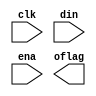
module counter(clk, din, ena, oflag);
input clk;
input [5:0] din;
input ena;
output reg oflag;
reg [5:0] cnt;

wire run_cnt;
//--------------------------------------------------------------
// Internal counter: cnt
//--------------------------------------------------------------
assign run_cnt = (cnt!=0)?1'b1: 1'b0;	// Check if cnt is zero
										// 1: Not zero, 0: zero
always@(posedge clk) begin
	if(run_cnt)begin
		// Insert your code here
		
	end
	else if (ena) begin
		// Insert your code here
	end
end

//--------------------------------------------------------------
// Output: oflag
//--------------------------------------------------------------
always@(posedge clk) begin
	if(cnt == 1) begin	
		// Insert your code here
	end
	else begin	
		// Insert your code here
	end
end

endmodule